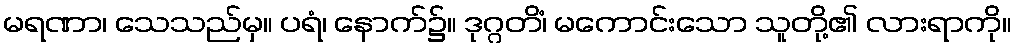
မရဏာ၊ သေသည်မှ။ ပရံ၊ နောက်၌။ ဒုဂ္ဂတိံ၊ မကောင်းသော သူတို့၏ လားရာကို။